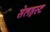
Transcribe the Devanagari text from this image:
सेलहस्ट